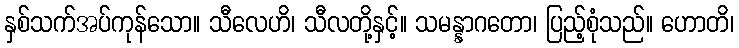
နှစ်သက်အပ်ကုန်သော။ သီလေဟိ၊ သီလတို့နှင့်။ သမန္နာဂတော၊ ပြည့်စုံသည်။ ဟောတိ၊